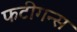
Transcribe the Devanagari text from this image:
फटीगन्स